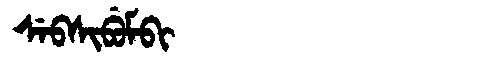
Manchu: ᠰᡝᠪᠰᡳᠪᡠᠮᠪᡳ
Romanization: SEBSIBUMBI